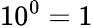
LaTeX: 10^{0}=1